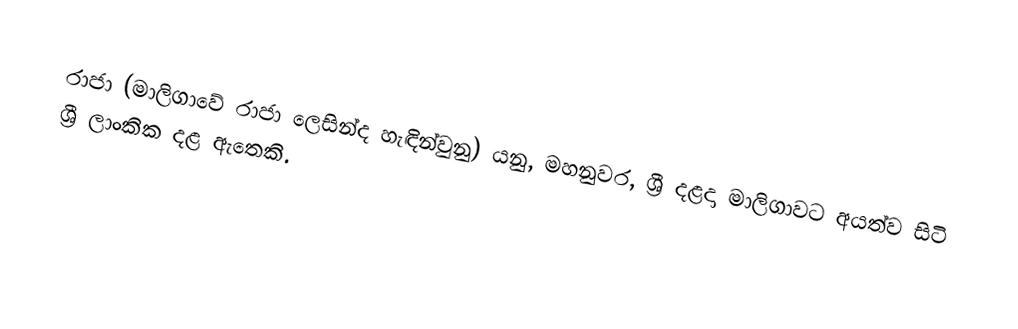
රාජා (මාලිගාවේ රාජා ලෙසින්ද හැඳින්වුනු) යනු,  මහනුවර,  ශ්‍රී දළදා මාලිගාවට අයත්ව සිටි ශ්‍රී ලාංකික දළ ඇතෙකි.